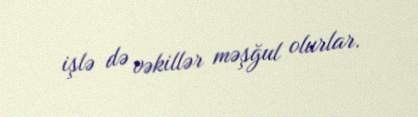
işlə də vəkillər məşğul olurlar.